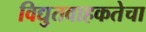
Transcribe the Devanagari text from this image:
विद्युतवाहकतेचा